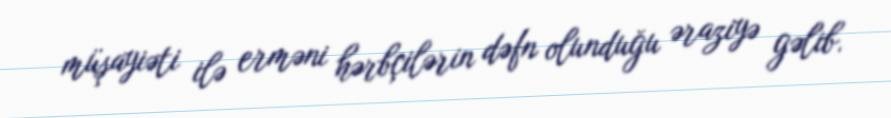
müşayiəti ilə erməni hərbçilərin dəfn olunduğu əraziyə gəlib.